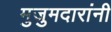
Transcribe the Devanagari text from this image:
मुजुमदारांनी